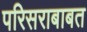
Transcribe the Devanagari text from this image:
परिसराबाबत